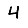
Digit: 4